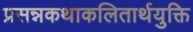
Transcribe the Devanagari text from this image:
प्रसन्नकथाकलितार्थयुक्ति